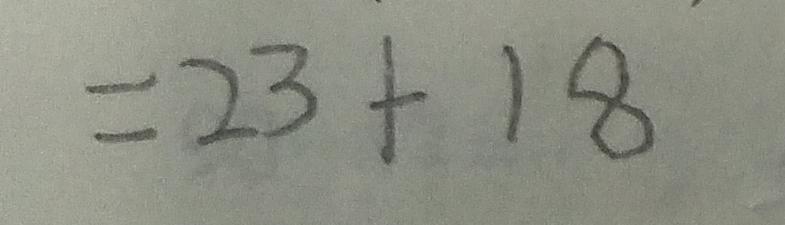
= 2 3 + 1 8